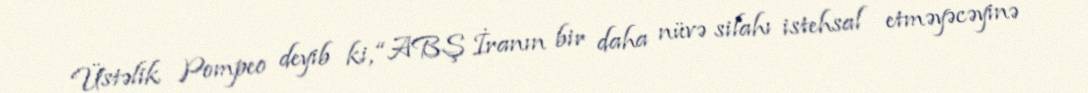
Üstəlik Pompeo deyib ki, “ABŞ İranın bir daha nüvə silahı istehsal etməyəcəyinə